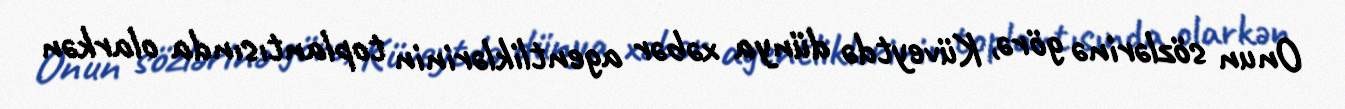
Onun sözlərinə görə, Küveytdə dünya xəbər agentliklərinin toplantısında olarkən